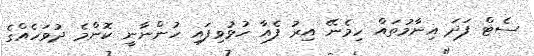
ސެޓް ފަދަ އިނާމުތައް ހިމެނޭ އިރު ފެއާ ހުޅުވިފައި ހުންނާނީ ކޮންމެ ދުވަހެއްގެ